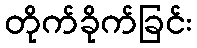
တိုက်ခိုက်ခြင်း